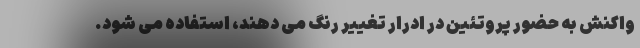
واکنش به حضور پروتئین در ادرار تغییر رنگ می دهند، استفاده می شود.